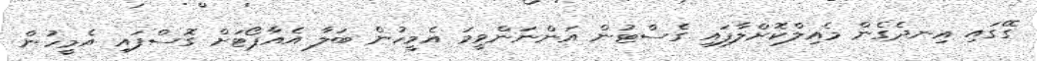
ގޭގައި އިނދެގެން މެއިލްކޮށްލާފައި ގެސްޓުން އަންނަންވީމަ އެމީހުން ބަލާ އެއާޕޯޓަށް ގޮސްފައި އެމީހުން